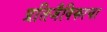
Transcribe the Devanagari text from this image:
प्रतिजैविकाचा